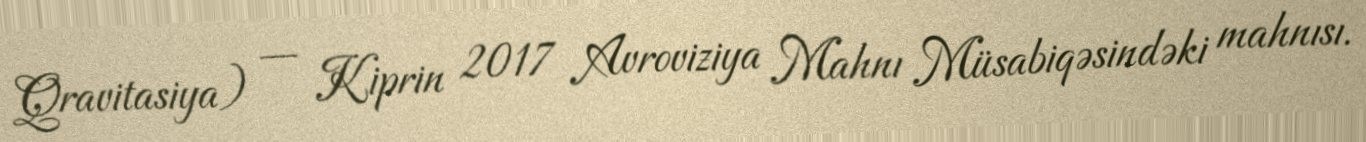
Qravitasiya) — Kiprin 2017 Avroviziya Mahnı Müsabiqəsindəki mahnısı.